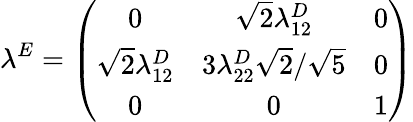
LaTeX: \lambda^{E}=\left(\begin{array}{ccc}{{0}}&{{\sqrt{2}\lambda_{12}^{D}}}&{{0}}\\ {{\sqrt{2}\lambda_{12}^{D}}}&{{3\lambda_{22}^{D}\sqrt{2}/\sqrt{5}}}&{{0}}\\ {{0}}&{{0}}&{{1}}\end{array}\right)